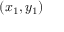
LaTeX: ( x _ { 1 } , y _ { 1 } )